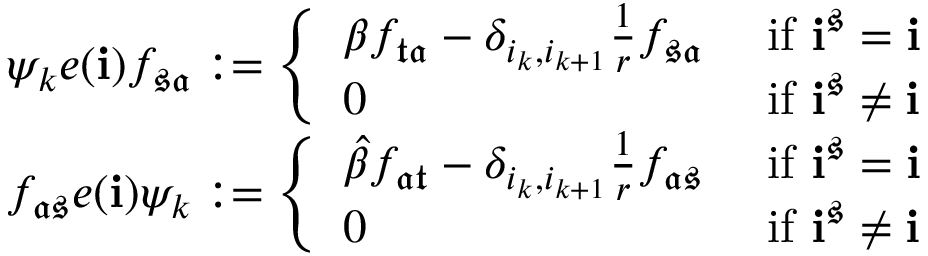
\begin{array} { r l } & { \psi _ { k } e ( \mathbf { i } ) f _ { \mathfrak { s } \mathfrak { a } } : = \left\{ \begin{array} { l l } { \beta f _ { \mathfrak { t } \mathfrak { a } } - \delta _ { i _ { k } , i _ { k + 1 } } \frac { 1 } { r } f _ { \mathfrak { s } \mathfrak { a } } } & { \mathrm { ~ i f ~ } \mathbf { i } ^ { \mathfrak { s } } = \mathbf { i } } \\ { 0 } & { \mathrm { ~ i f ~ } \mathbf { i } ^ { \mathfrak { s } } \neq \mathbf { i } } \end{array} \right. } \\ & { f _ { \mathfrak { a } \mathfrak { s } } e ( \mathbf { i } ) \psi _ { k } : = \left\{ \begin{array} { l l } { \widehat { \beta } f _ { \mathfrak { a } \mathfrak { t } } - \delta _ { i _ { k } , i _ { k + 1 } } \frac { 1 } { r } f _ { \mathfrak { a } \mathfrak { s } } } & { \mathrm { ~ i f ~ } \mathbf { i } ^ { \mathfrak { s } } = \mathbf { i } } \\ { 0 } & { \mathrm { ~ i f ~ } \mathbf { i } ^ { \mathfrak { s } } \neq \mathbf { i } } \end{array} \right. } \end{array}